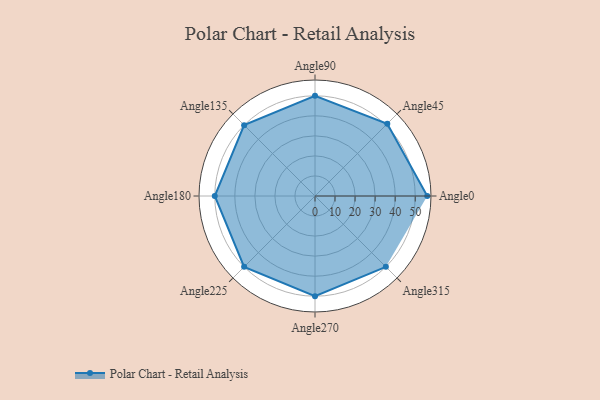
{"axis": {"x": "Angle", "y": "Radius"}, "legend": [""], "data": [{"x": "Angle0", "y": 56.0, "type": ""}, {"x": "Angle45", "y": 51.0, "type": ""}, {"x": "Angle90", "y": 50, "type": ""}, {"x": "Angle135", "y": 50, "type": ""}, {"x": "Angle180", "y": 50, "type": ""}, {"x": "Angle225", "y": 50, "type": ""}, {"x": "Angle270", "y": 50, "type": ""}, {"x": "Angle315", "y": 50, "type": ""}]}